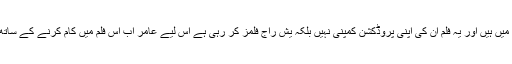
فلم ’دھوم تھری‘ میں عامر ویلن کے رول میں ہیں اور یہ فلم ان کی اپنی پروڈکشن کمپنی نہیں بلکہ یش راج فلمز کر رہی ہے اس لیے عامر اب اس فلم میں کام کرنے کے ساتھ منافع میں شراکت داری کرنے والے ہیں۔